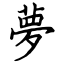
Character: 夢